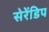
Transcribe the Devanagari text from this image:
सेरेंडिप